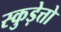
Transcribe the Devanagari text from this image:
स्कुड़ेत्तो